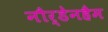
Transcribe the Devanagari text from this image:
नौर्डेनहैम